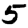
Digit: 5